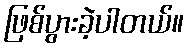
ဖြစ်ပွားခဲ့ပါတယ်။